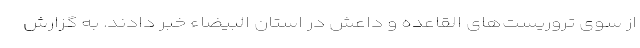
از سوی تروریست‌های القاعده و داعش در استان البیضاء خبر دادند. به گزارش